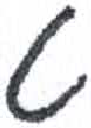
אות: ט